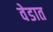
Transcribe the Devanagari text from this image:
वेडात